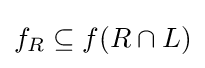
f_{R}\subseteq f(R\cap L)